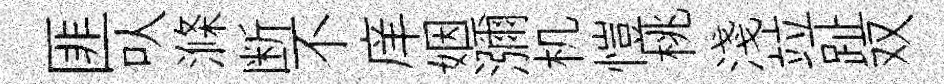
匪㕥滌断不庠姻瀰机愷桃淺竝趾双